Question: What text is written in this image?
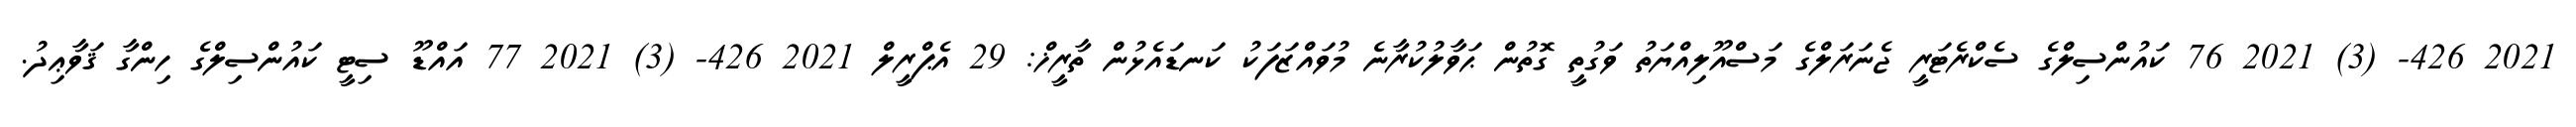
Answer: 2021 426- (3) 2021 76 ކައުންސިލްގެ ސެކްރެޓަރީ ޖެނަރަލްގެ މަސްއޫލިއްޔަތު ވަގުތީ ގޮތުން ޙަވާލުކުރާނެ މުވައްޒަފަކު ކަނޑައެޅުން ތާރީޚް: 29 އެޕްރީލް 2021 426- (3) 2021 77 އައްޑޫ ސިޓީ ކައުންސިލްގެ ހިންގާ ޤަވާޢިދު.